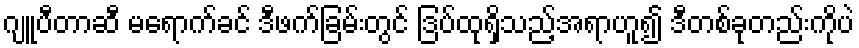
ဂျူပီတာဆီ မရောက်ခင် ဒီဖက်ခြမ်းတွင် ဒြပ်ထုရှိသည့်အရာဟူ၍ ဒီတစ်ခုတည်းကိုပဲ